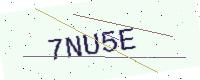
Text: 7NU5E